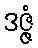
ဒဇ္ဇံ